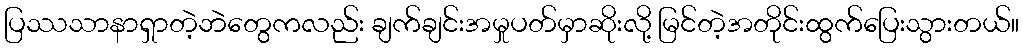
ပြဿသာနာရှာတဲ့ဘဲတွေကလည်း ချက်ချင်းအမှုပတ်မှာဆိုးလို့ မြင်တဲ့အတိုင်းထွက်ပြေးသွားတယ်။